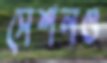
সেশনও